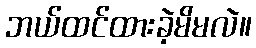
ဘယ်ထင်ထားခဲ့မိမလဲ။